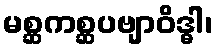
မစ္ဆကစ္ဆပဗျာဝိဒ္ဓါ၊